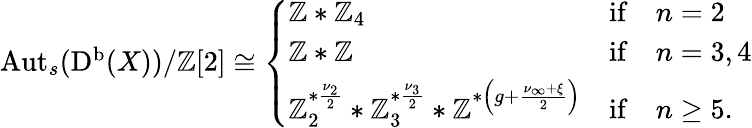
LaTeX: \begin{array}{r}{\operatorname{Aut}_{s}(\mathrm{D^{b}}(X))/\mathbb{Z}[2]\cong\left\{ \begin{array}{ll}{\mathbb{Z}*\mathbb{Z}_{4}}&{\mathrm{if}\quad n=2}\\ {\mathbb{Z}*\mathbb{Z}}&{\mathrm{if}\quad n=3,4}\\ {\mathbb{Z}_{2}^{*\frac{\nu_{2}}{2}}*\mathbb{Z}_{3}^{*\frac{\nu_{3}}{2}}*\mathbb{Z}\strut^{*\left(g+\frac{\nu_{\infty}+\xi}{2}\right)}}&{\mathrm{if}\quad n\geq 5.}\end{array}\right.}\end{array}